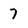
Character: 7